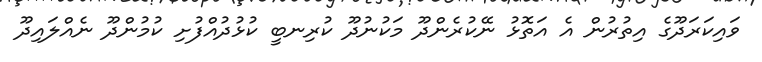
ވައިކަރަދޫގެ އިތުރުން އެ އަތޮޅު ނޭކުރެންދޫ މަކުނުދޫ ކުރިނބީ ކުޅުދުއްފުށި ކުމުންދޫ ނެއްލައިދޫ